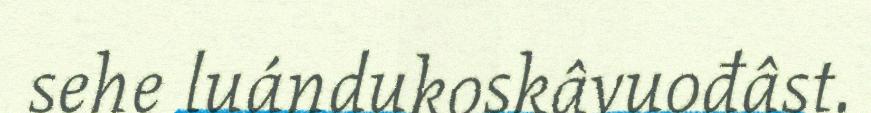
sehe luándukoskâvuođâst.